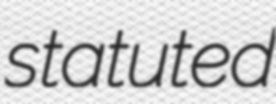
statuted